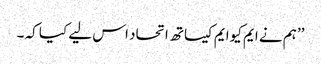
’’ہم نے ایم کیوایم کیساتھ اتحاد اس لیے کیا کہ ۔